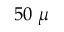
5 0 ~ \mu